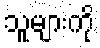
သူများကို